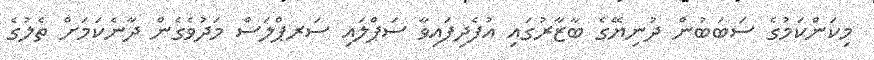
މިކަންކަމުގެ ސަބަބުން ދުނިޔޭގެ ބާޒާރުގައި އުފެދިފައިވާ ސަޕްލައި ސަރޕްލަސް މަދުވެގެން ދާނެކަމަށް ތެލުގެ